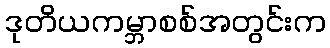
ဒုတိယကမ္ဘာစစ်အတွင်းက